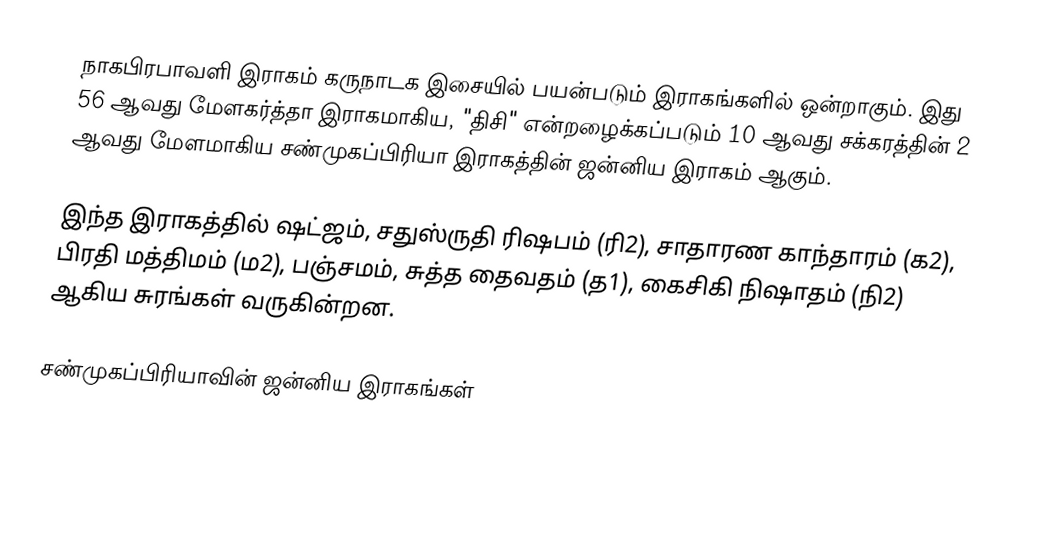
நாகபிரபாவளி இராகம் கருநாடக இசையில் பயன்படும் இராகங்களில் ஒன்றாகும். இது 56 ஆவது மேளகர்த்தா இராகமாகிய, "திசி" என்றழைக்கப்படும் 10 ஆவது சக்கரத்தின் 2 ஆவது மேளமாகிய சண்முகப்பிரியா இராகத்தின் ஜன்னிய இராகம் ஆகும்.

இந்த இராகத்தில் ஷட்ஜம், சதுஸ்ருதி ரிஷபம் (ரி2),  சாதாரண காந்தாரம் (க2), பிரதி மத்திமம் (ம2), பஞ்சமம், சுத்த தைவதம் (த1), கைசிகி நிஷாதம்  (நி2) ஆகிய சுரங்கள் வருகின்றன.

சண்முகப்பிரியாவின் ஜன்னிய இராகங்கள்